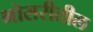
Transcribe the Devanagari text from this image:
भोसरीतील